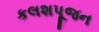
કલશપૂજન